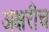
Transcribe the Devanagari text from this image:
अक्षरीच